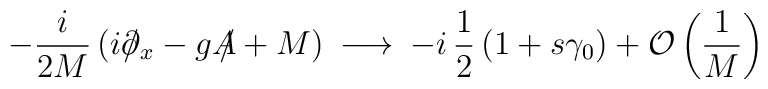
- \frac{i}{2M} \left ( i \partial \hspace{-6pt}/_x  - g {A \hspace{-6pt}/} + M \right ) \> \longrightarrow \> - i \, \frac{1}{2} \left ( 1 + s \gamma_0 \right )+ {\cal O} \left ( \frac{1}{M} \right )